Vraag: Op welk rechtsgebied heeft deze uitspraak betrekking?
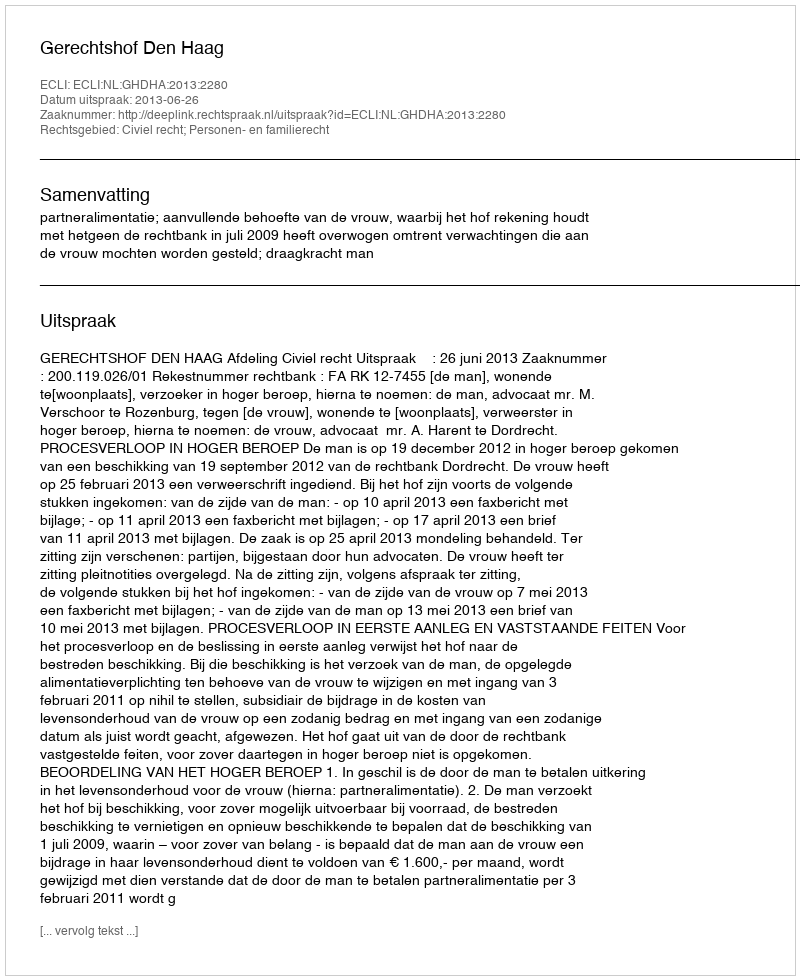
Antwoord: Civiel recht; Personen- en familierecht